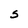
Character: S